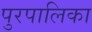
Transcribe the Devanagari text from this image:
पुरपालिका